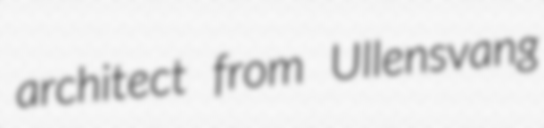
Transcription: architect from Ullensvang